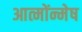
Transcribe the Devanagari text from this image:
आत्मोंन्मेष